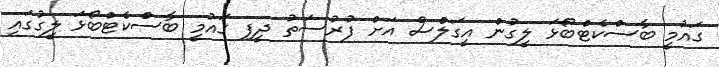
ގައުމީ ބާސްކެޓްބޯޅަ ލީގުން އީގަލްސް އަށް ފުރުސަތު ދީފި ގައުމީ ބާސްކެޓްބޯޅަ ލީގުގައި